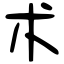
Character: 术